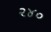
૨૪૦